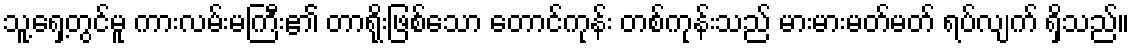
သူ့ရှေ့တွင်မူ ကားလမ်းမကြီး၏ တာရိုးဖြစ်သော တောင်ကုန်း တစ်ကုန်းသည် မားမားမတ်မတ် ရပ်လျက် ရှိသည်။